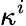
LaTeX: \kappa^{i}